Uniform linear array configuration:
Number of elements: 32
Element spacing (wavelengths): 0.75
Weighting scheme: uniform
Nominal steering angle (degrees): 30
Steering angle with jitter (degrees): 28.273
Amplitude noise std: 0.05
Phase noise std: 0.05

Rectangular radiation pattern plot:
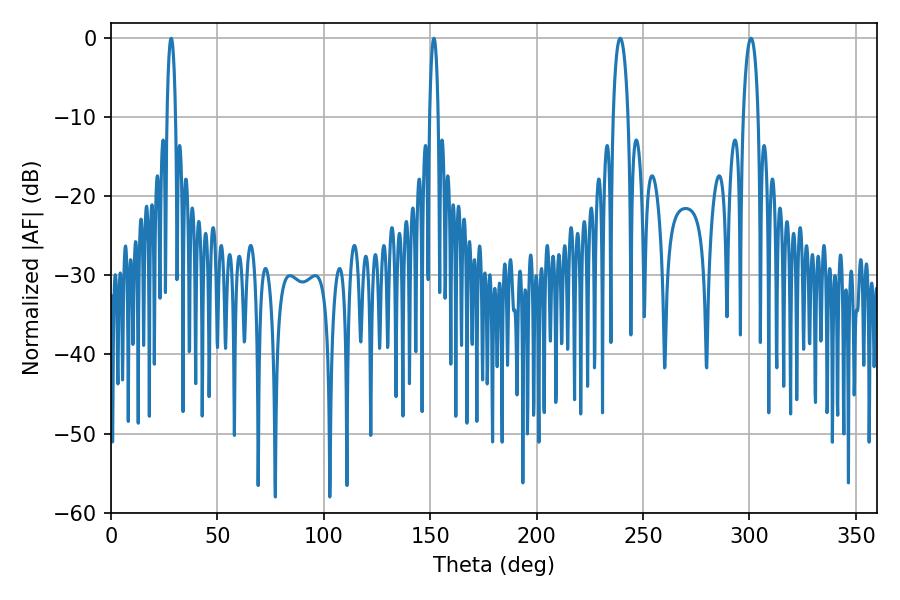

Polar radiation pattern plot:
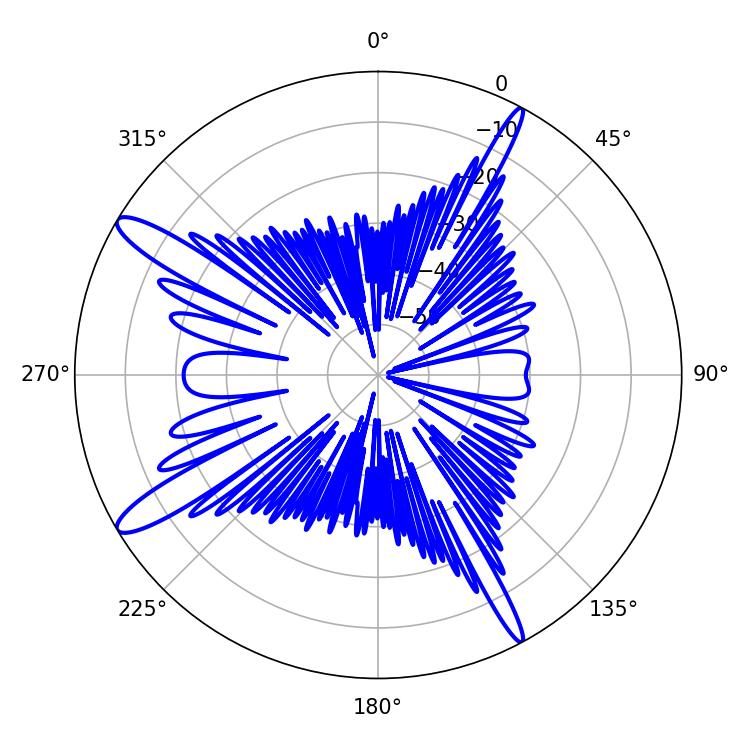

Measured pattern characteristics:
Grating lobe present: TRUE
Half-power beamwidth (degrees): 2.16
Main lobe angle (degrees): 151.74